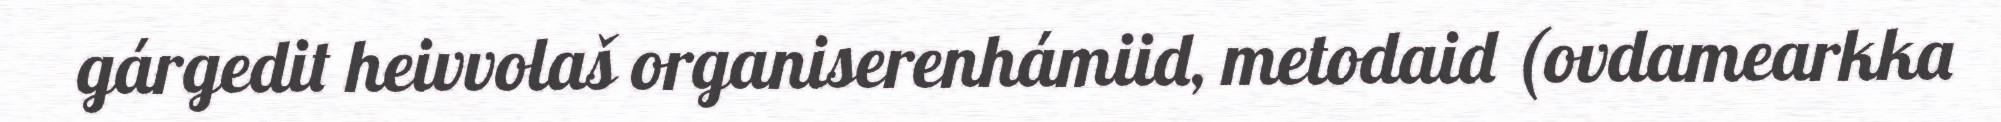
gárgedit heivvolaš organiserenhámiid, metodaid (ovdamearkka